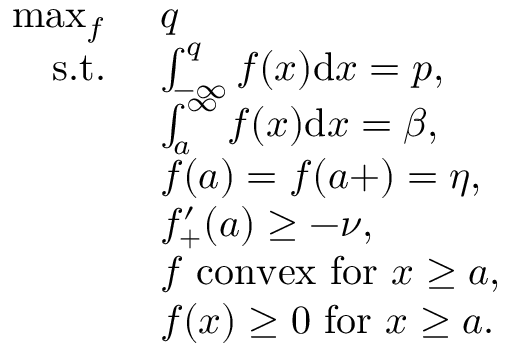
\begin{array} { r l } { \operatorname* { m a x } _ { f } \ } & { q } \\ { \mathrm { ~ s . t . ~ } } & { \int _ { - \infty } ^ { q } f ( x ) \mathrm { d } x = p , } \\ & { \int _ { a } ^ { \infty } f ( x ) \mathrm { d } x = \beta , } \\ & { f ( a ) = f ( a + ) = \eta , } \\ & { f _ { + } ^ { \prime } ( a ) \ge - \nu , } \\ & { f \mathrm { \ c o n v e x \ f o r \ } x \ge a , } \\ & { f ( x ) \ge 0 \mathrm { \ f o r \ } x \ge a . } \end{array}